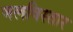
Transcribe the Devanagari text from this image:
जलविस्तार